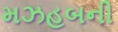
મઝહબની